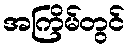
အကြိမ်တွင်